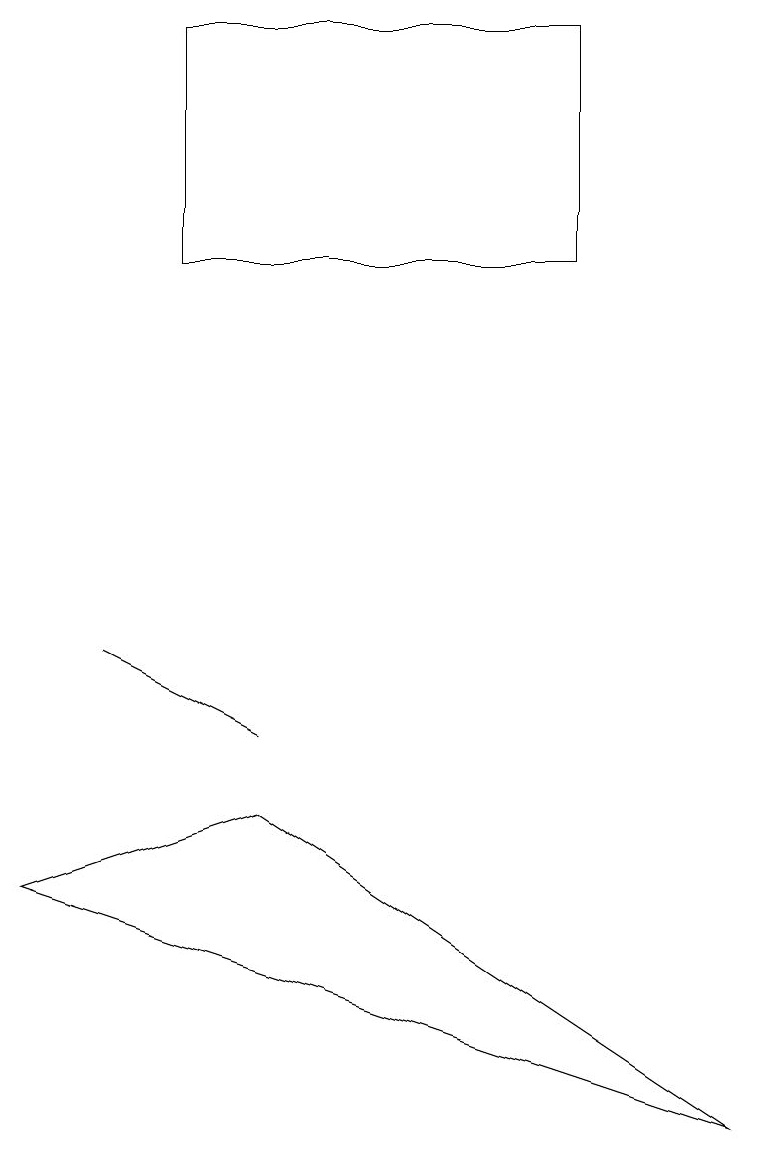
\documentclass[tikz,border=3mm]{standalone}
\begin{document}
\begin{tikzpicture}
\draw (3,6) -- (9,2) -- (0,5) -- cycle;
\draw (7,16) rectangle (2,13);
\draw (3,7) -- (3,7) -- (1,8) -- cycle;
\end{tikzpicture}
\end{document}